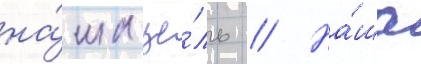
на́ша це́ль // На́ша